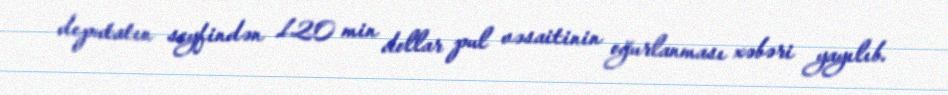
deputatın seyfindən 120 min dollar pul vəsaitinin oğurlanması xəbəri yayılıb.